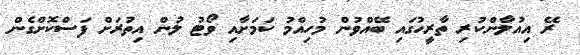
ރޭ އިއުލާންކުރި ތާރީހުގައި ބޭއްވުން މުހިއްމު ކަމަށާއި ވޯޓު ލުން އިތުރަށް ފަސްކޮށްގެން